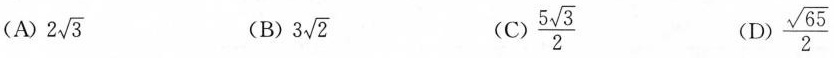
(A) 2\sqrt{3} (B) 3\sqrt{2} (C) \frac{5 \sqrt{3}}{2} (D) \frac{\sqrt{65}}{2}